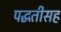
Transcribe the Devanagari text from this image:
पद्धतीसह